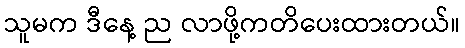
သူမက ဒီနေ့ ည လာဖို့ကတိပေးထားတယ်။